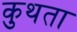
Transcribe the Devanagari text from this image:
कुथता